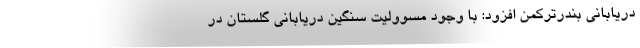
دریابانی بندرترکمن افزود: با وجود مسوولیت سنگین دریابانی گلستان در